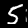
Label: 5